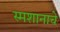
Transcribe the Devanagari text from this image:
स्मशानाचे